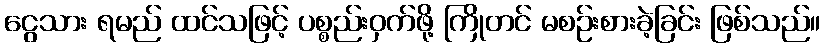
ငွေသား ရမည် ထင်သဖြင့် ပစ္စည်းဝှက်ဖို့ ကြိုတင် မစဉ်းစားခဲ့ခြင်း ဖြစ်သည်။